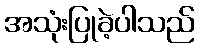
အသုံးပြုခဲ့ပါသည်